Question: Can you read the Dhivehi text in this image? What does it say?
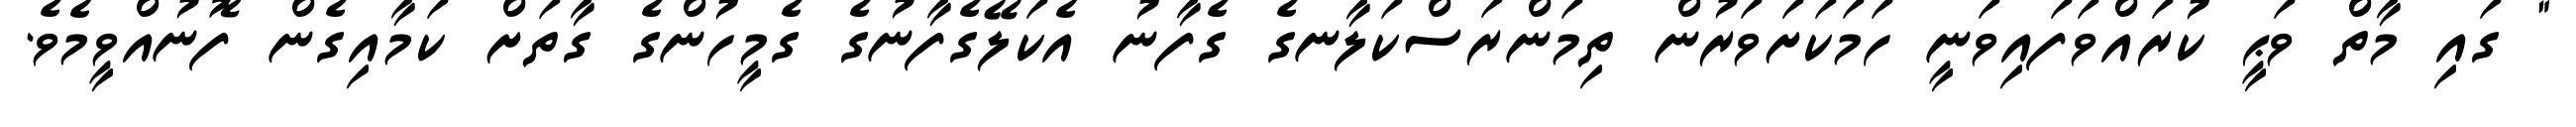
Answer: " ގައި މާތް ވަޙީ ކުރައްވަފައިވަނީ ހަމަކަށަވަރުން ތިމަންރަސްކަލާނގެ ގެފާނު އެކަލޭގެފާނުގެ ގެމީހުންގެ ގާތަށް ކަމާއިގެން ފޮނުއްވީމެވެ.